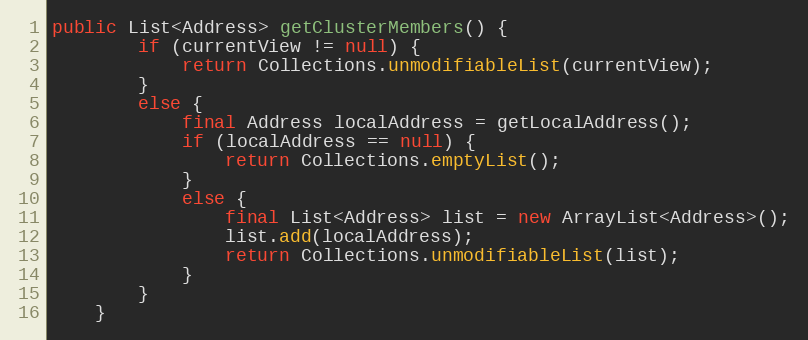
Language: Java
public List<Address> getClusterMembers() {
		if (currentView != null) {
			return Collections.unmodifiableList(currentView);
		}
		else {
			final Address localAddress = getLocalAddress();
			if (localAddress == null) {
				return Collections.emptyList();
			}
			else {
				final List<Address> list = new ArrayList<Address>();
				list.add(localAddress);
				return Collections.unmodifiableList(list);
			}
		}
	}